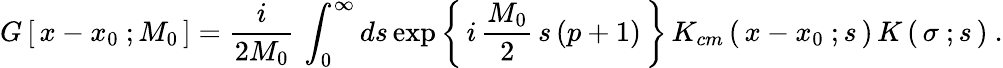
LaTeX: G\left[\, x-x_{0}\ ;M_{0}\, \right]={\frac{i}{2M_{0}}}\, \int_{0}^{\infty}ds\exp\left\{ \, i\, {\frac{M_{0}}{2}}\, s\, (p+1)\, \right\} \, K_{cm}\left(\, x-x_{0}\ ;s\, \right)\, K\left(\, \sigma\ ;s\, \right)\ .